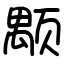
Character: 颙